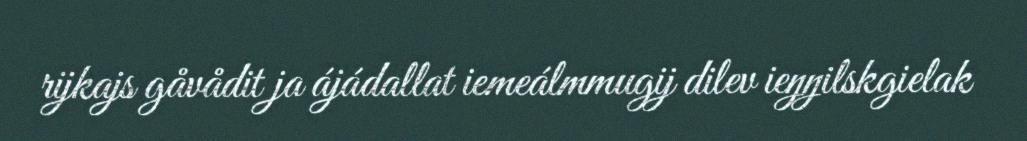
rijkajs gåvådit ja ájádallat iemeálmmugij dilev ieŋŋilskgielak